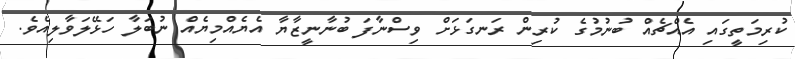
ކުރިމަތީގައި އެއްޗެއް ބުނުމުގެ ކުރިން ރަނގަޅަށް ވިސްނާފަ ބުނާނީޒާޔާ އެޔެއްމިޔެއް ނުބަލާ ހަޅޭލަވާލިއެވެ.